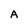
Character: A